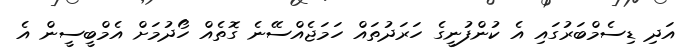
އަދި ޑިސެމްބަރުގައި އެ ކުންފުނީގެ ހަރަދުތައް ހަމަޖެއްސޭނެ ގޮތެއް ހޯދުމަށް އެމްބީސީން އެ